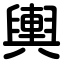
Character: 輿